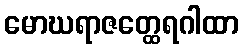
မောဃရာဇတ္ထေရဂါထာ